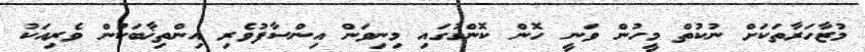
މުޒާހަރާތަކަށް ނުކުތް މީހުން ވަނީ ހޮން ކޮންގުގައި މިނިވަން އިންސާފުވެރި އިންތިޚާބަކުން ވެރިއަކު